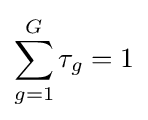
\sum _{g=1}^{G}\tau _{g}=1